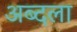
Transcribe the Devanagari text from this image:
अब्दला